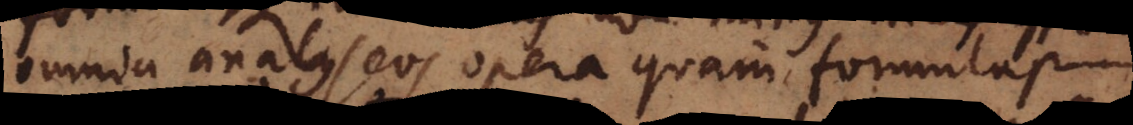
omnia analyseos opera quam formulas